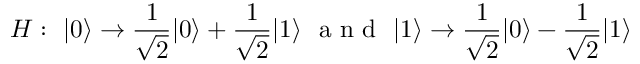
H : ~ \vert 0 \rangle \rightarrow \frac { 1 } { \sqrt { 2 } } \vert 0 \rangle + \frac { 1 } { \sqrt { 2 } } \vert 1 \rangle ~ \mathrm { ~ a ~ n ~ d ~ } ~ \vert 1 \rangle \rightarrow \frac { 1 } { \sqrt { 2 } } \vert 0 \rangle - \frac { 1 } { \sqrt { 2 } } \vert 1 \rangle